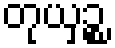
တုယှဉ္စ